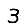
Digit: 3